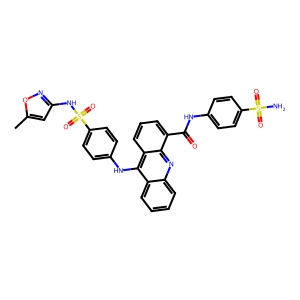
SMILES: Cc1cc(NS(=O)(=O)c2ccc(Nc3c4ccccc4nc4c(C(=O)Nc5ccc(S(N)(=O)=O)cc5)cccc34)cc2)no1
Inhibits HIV replication: Yes